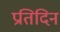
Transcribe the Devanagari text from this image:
प्रतिदिन